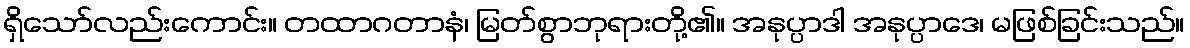
ရှိသော်လည်းကောင်း။ တထာဂတာနံ၊ မြတ်စွာဘုရားတို့၏။ အနုပ္ပာဒါ အနုပ္ပာဒေ၊ မဖြစ်ခြင်းသည်။